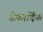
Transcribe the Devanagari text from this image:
सेफार्दिक